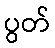
ပွတ်